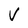
Character: V